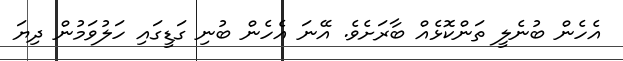
އެހެން ބުނެލީ ތަންކޮޅެއް ބާރަށެވެ. އޭނަ އެހެން ބުނި ގަޑީގައި ހަލުވަމުން ދިޔަ